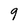
Character: 9